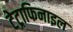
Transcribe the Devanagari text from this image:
टेट्राफिनाइल